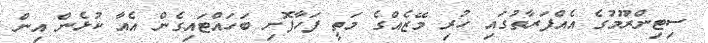
ސިޓިންރޫމުގެ އެއްފަރާތުގައި ހުރި މޭޒެއްގެ މަތީ ފަހާފޮށި ބަހައްޓައިގެން އެއާ ކުޅެން އިން